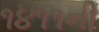
૧૪૧૧ની